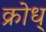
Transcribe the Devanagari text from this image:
क्रोध्